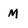
Character: M